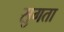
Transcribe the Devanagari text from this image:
सुगता